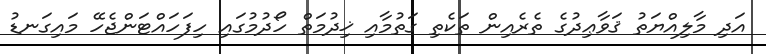
އަދި މާލިއްޔަތު ޤަވާޢިދުގެ ތެރެއިން ތަކެތި ގަތުމާއި ޚިދުމަތް ހޯދުމުގައި ހިފަހައްޓަންޖެހޭ މައިގަނޑު